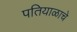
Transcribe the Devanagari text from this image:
पतियाळाचे